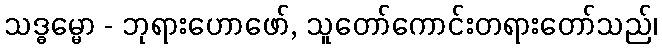
သဒ္ဓမ္မော - ဘုရားဟောဖော်, သူတော်ကောင်းတရားတော်သည်၊